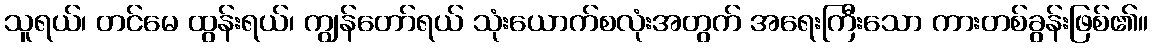
သူရယ်၊ တင်မေ ထွန်းရယ်၊ ကျွန်တော်ရယ် သုံးယောက်စလုံးအတွက် အရေးကြီးသော ကားတစ်ခွန်းဖြစ်၏။